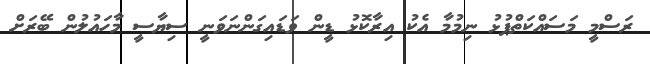
ރަސްމީ މަސައްކަތްޕުޅު ނިމުމާ އެކު އިރާކޮޅު ޑީން ވަޑައިގަންނަވަނީ ސިޔާސީ މާހައުލުން ބޭރަށް